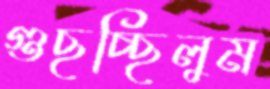
গুছচ্ছিলুম